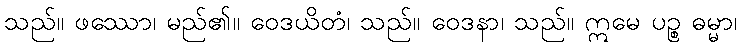
သည်။ ဖဿော၊ မည်၏။ ဝေဒယိတံ၊ သည်။ ဝေဒနာ၊ သည်။ ဣမေ ပဉ္စ ဓမ္မာ၊